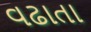
વઢાતા